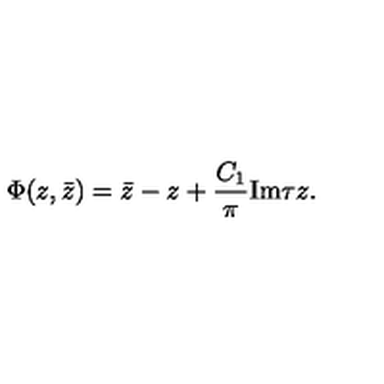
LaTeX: \Phi ( z , \bar { z } ) = \bar { z } - z + \frac { C _ { 1 } } { \pi } \mathrm { I m } \tau z .